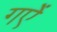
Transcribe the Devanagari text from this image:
गऐं